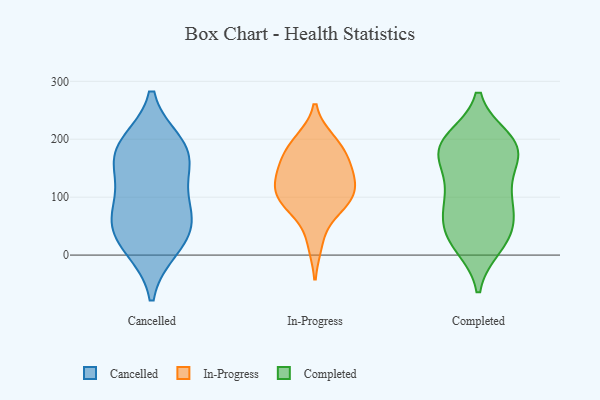
{"axis": {"x": "Budget (USD K)", "y": "Value"}, "legend": ["Cancelled", "Completed", "In-Progress"], "data": [{"x": "", "y": 73, "type": "Cancelled"}, {"x": "", "y": 185, "type": "Cancelled"}, {"x": "", "y": 170, "type": "Cancelled"}, {"x": "", "y": 52, "type": "Cancelled"}, {"x": "", "y": 163, "type": "Cancelled"}, {"x": "", "y": 67, "type": "Cancelled"}, {"x": "", "y": 191, "type": "Cancelled"}, {"x": "", "y": 23, "type": "Cancelled"}, {"x": "", "y": 13, "type": "Cancelled"}, {"x": "", "y": 116, "type": "Cancelled"}, {"x": "", "y": 144, "type": "In-Progress"}, {"x": "", "y": 182, "type": "In-Progress"}, {"x": "", "y": 159, "type": "In-Progress"}, {"x": "", "y": 89, "type": "In-Progress"}, {"x": "", "y": 92, "type": "In-Progress"}, {"x": "", "y": 123, "type": "In-Progress"}, {"x": "", "y": 145, "type": "In-Progress"}, {"x": "", "y": 21, "type": "In-Progress"}, {"x": "", "y": 117, "type": "In-Progress"}, {"x": "", "y": 197, "type": "In-Progress"}, {"x": "", "y": 84, "type": "In-Progress"}, {"x": "", "y": 190, "type": "In-Progress"}, {"x": "", "y": 103, "type": "In-Progress"}, {"x": "", "y": 163, "type": "Completed"}, {"x": "", "y": 189, "type": "Completed"}, {"x": "", "y": 110, "type": "Completed"}, {"x": "", "y": 41, "type": "Completed"}, {"x": "", "y": 17, "type": "Completed"}, {"x": "", "y": 19, "type": "Completed"}, {"x": "", "y": 180, "type": "Completed"}, {"x": "", "y": 190, "type": "Completed"}, {"x": "", "y": 88, "type": "Completed"}, {"x": "", "y": 37, "type": "Completed"}, {"x": "", "y": 199, "type": "Completed"}, {"x": "", "y": 88, "type": "Completed"}, {"x": "", "y": 187, "type": "Completed"}, {"x": "", "y": 87, "type": "Completed"}, {"x": "", "y": 141, "type": "Completed"}, {"x": "", "y": 48, "type": "Completed"}, {"x": "", "y": 188, "type": "Completed"}]}